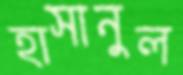
হাসানুল